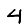
Digit: 4